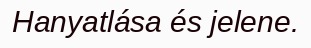
Hanyatlása és jelene.